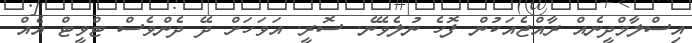
އިސްލާމްދީނެއް ރާއްޖެއަކުން ފޮހެ ނުލެވޭނެ. ސޮރީ. އަވަހަށް ދޭ ދެންވެސް ޓްވީޓް އެއް